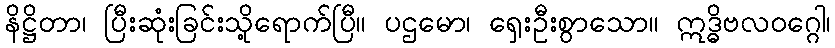
နိဋ္ဌိတာ၊ ပြီးဆုံးခြင်းသို့ရောက်ပြီ။ ပဌမော၊ ရှေးဦးစွာသော။ ဣဒ္ဓိဗလဝဂ္ဂေါ၊